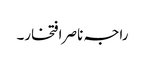
راجہ ناصر افتخار۔